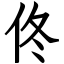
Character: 佟